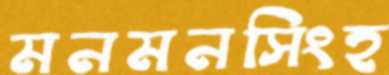
মনমনসিংহ